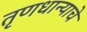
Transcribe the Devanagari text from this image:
तृणधान्याचे